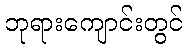
ဘုရားကျောင်းတွင်